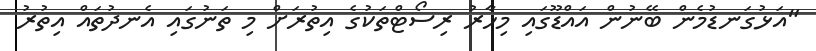
"އަޅުގަނޑުމެން ބޭނުން އައްޑޫގައި މިހާރު ރިސޯޓްތަކުގެ އިތުރަށް މި ތަނުގައި އެނދުތައް އިތުރު